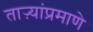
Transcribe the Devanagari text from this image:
ताऱ्यांप्रमाणे